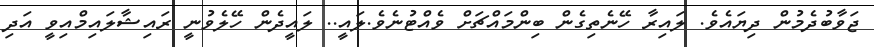
ޖަވާބުދެމުން ދިޔައެވެ. ލައިރާ ހޭނެތިގެން ބިންމައްޗަށް ވެއްޓުނެވެ.ލައީ.. ލައީދެން ހޭލެވުނީ ރައިޝާލައިމްއިވީ އަދި